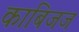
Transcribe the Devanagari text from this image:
काबिजज